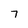
Character: 7